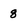
Character: 8